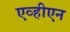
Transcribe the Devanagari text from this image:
एव्हीएन